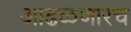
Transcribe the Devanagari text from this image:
आढळणारच